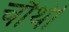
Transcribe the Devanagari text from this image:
चाैथी